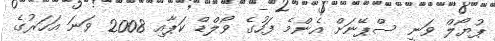
ޕުޔޯލް ވަނީ ސްޕޭނަށް އެންމެ ފަހުގެ ވޯލްޑް ކަޕާއި 2008 ވަނަ އަހަރުގެ